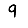
Digit: 9